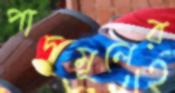
পাদমূলের